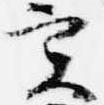
実